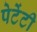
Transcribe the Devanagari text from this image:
पेटेंटी